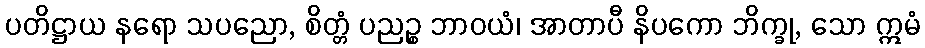
ပတိဋ္ဌာယ နရော သပညော, စိတ္တံ ပညဉ္စ ဘာဝယံ၊ အာတာပီ နိပကော ဘိက္ခု, သော ဣမံ